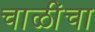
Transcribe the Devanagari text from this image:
चाळींचा